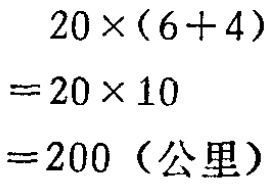
（2）乙队应分配吨数为：